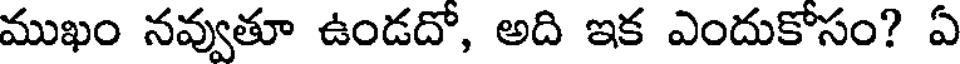
ముఖం నవ్వుతూ ఉండదో, అది ఇక ఎందుకోసం? ఏ